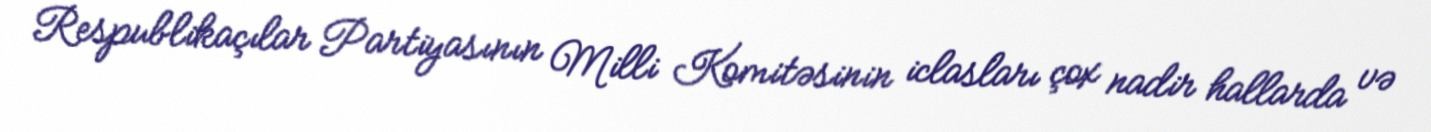
Respublikaçılar Partiyasının Milli Komitəsinin iclasları çox nadir hallarda və